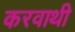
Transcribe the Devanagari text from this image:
करवाथी